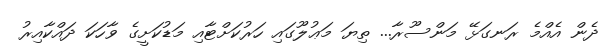
ދެން އެއްމެ ރަނގަޅޭ މަންސޫރާ... ތިޔަ މަޢުލޫގައި ހަރުކަށްޓާއި މަޑުކަށީގެ ވާހަކަ ދައްކާއިރު